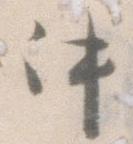
件